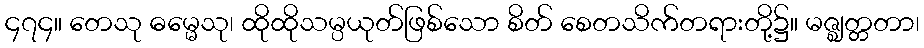
၄၇၄။ တေသု ဓမ္မေသု၊ ထိုထိုသမ္ပယုတ်ဖြစ်သော စိတ် စေတသိက်တရားတို့၌။ မဇ္ဈတ္တတာ၊